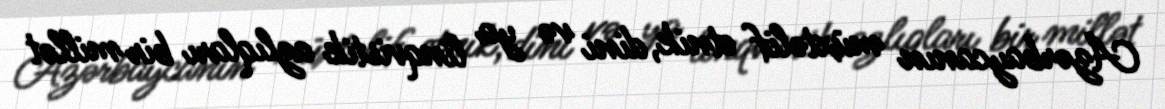
Azərbaycanın müxtəlif etnik, dini və ya linqvistik azlıqları bir millət